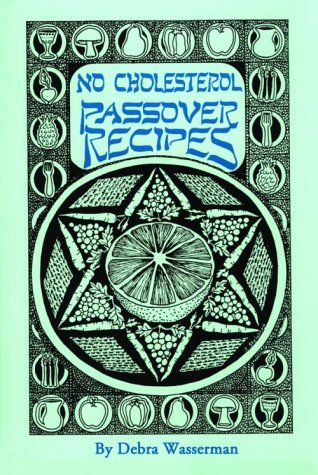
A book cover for No Cholesterol Passover Recipes; Debra Wasserman; Cookbooks, Food & Wine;